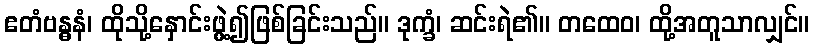
ဧတံဗန္ဓနံ၊ ထိုသို့နှောင်းဖွဲ့၍ဖြစ်ခြင်းသည်။ ဒုက္ခံ၊ ဆင်းရဲ၏။ တထေဝ၊ ထို့အတူသာလျှင်။